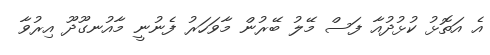
އެ އަތޮޅު ކުޅުދުއާ ފަސް މޭލު ބޭރުން މާވަހަރު ފެނުނީ މާއުނގޫދޫ އިރުވާ